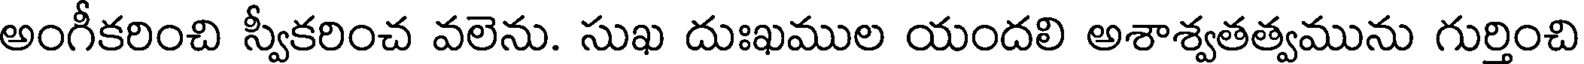
అంగీకరించి స్వీకరించ వలెను. సుఖ దుఃఖముల యందలి అశాశ్వతత్వమును గుర్తించి